Leningradi_Edasi_toimetus, lk 38
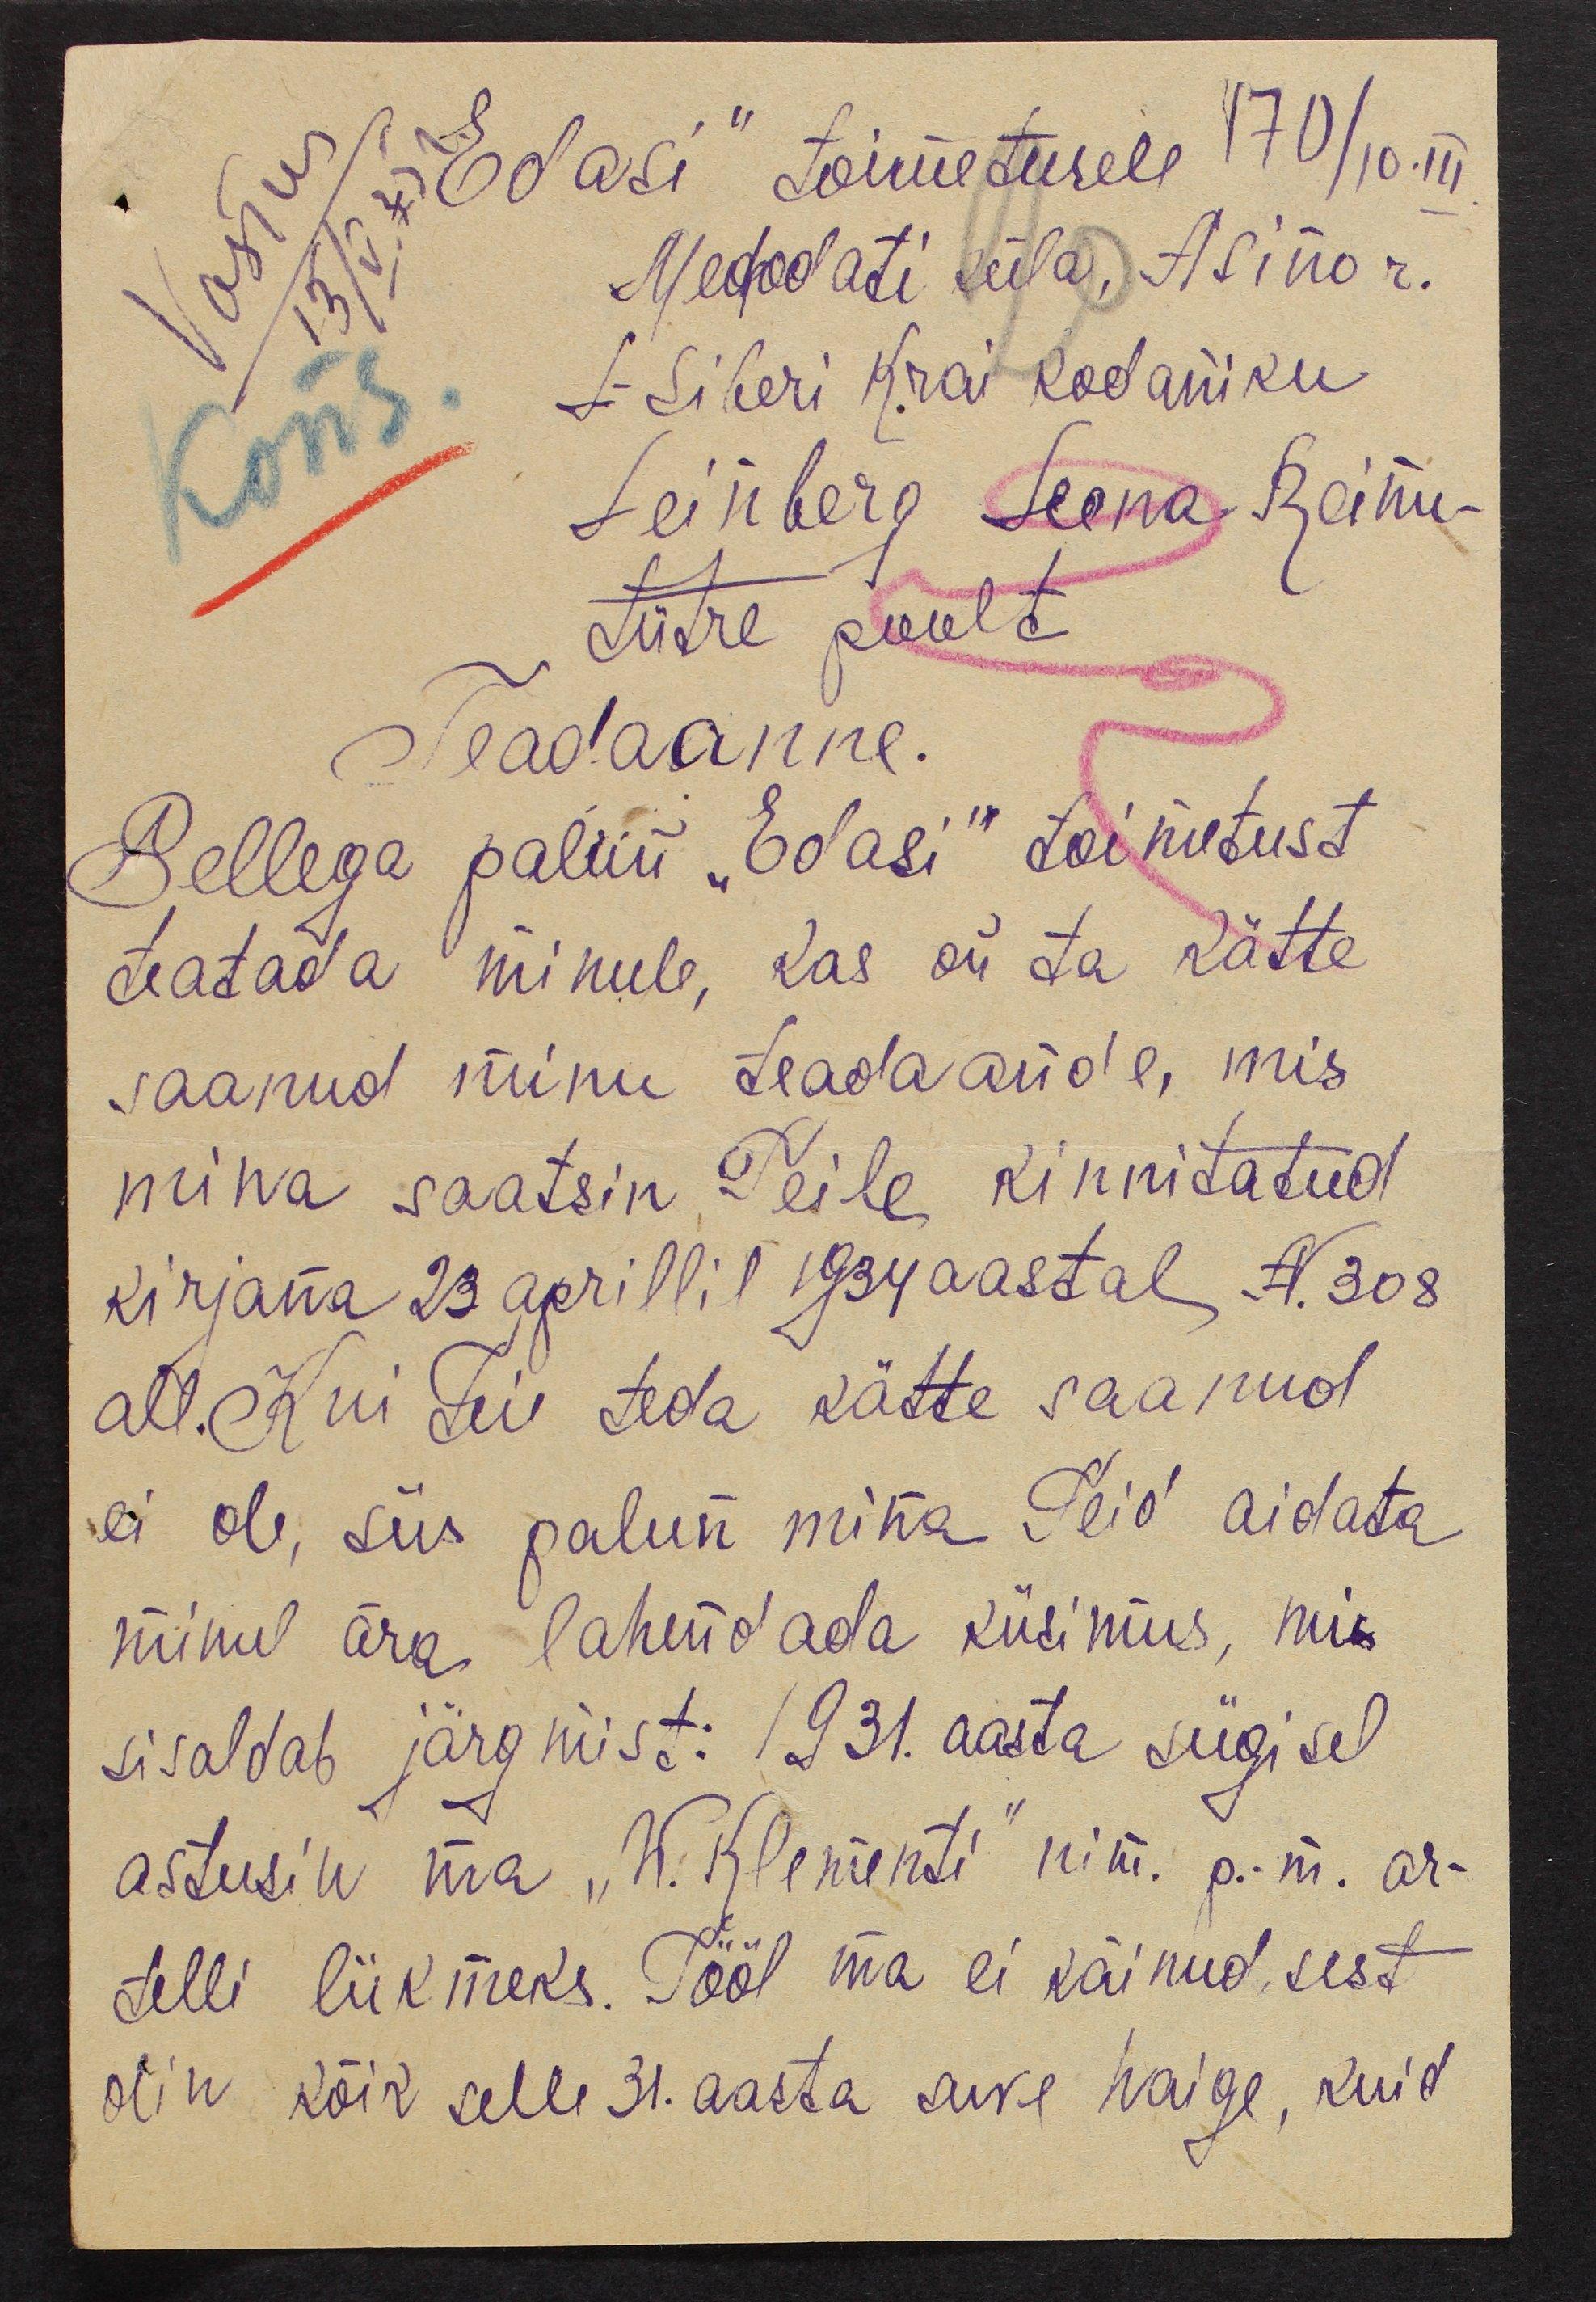
Vastus
Edasi" toimetusele 170/10.III
Medodati küla, Asino r.
L-Siberi Krai kodaniku
Leinberg Leena Reinu-
tütre poolt
Teadaanne.
Sellega palun "Edasi" toimetust
teatada minule, kas on ta kätte
saanud minu teadaande, mis
mina saatsin Teile kinnitatud
kirjana 23 aprillil 1934 aastal N. 308
all. Kui Teie teda kätte saanud
ei ole, siis palun mina Teid aidata
minul ära lahendada küsimus, mis
sisaldab järgmist: 1931. aasta sügisel
astusin ma "W. Klementi" nim. p.-m. ar-
telli liikmeks. Tööl ma ei käinud, sest
olin kõik selle 31. aasta suve haige, kuid